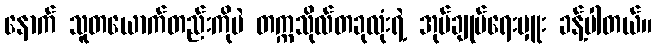
နောက် သူတယောက်တည်းကိုပဲ တက္ကသိုလ်တခုလုံးရဲ့ အုပ်ချုပ်ရေးမှူး ခန့်ပါတယ်။